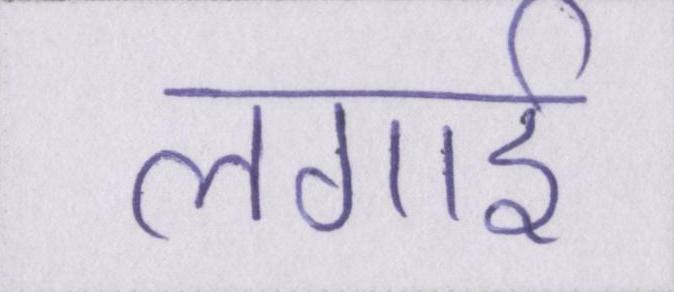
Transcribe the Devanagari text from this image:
लगाई